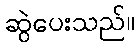
ဆွဲပေးသည်။